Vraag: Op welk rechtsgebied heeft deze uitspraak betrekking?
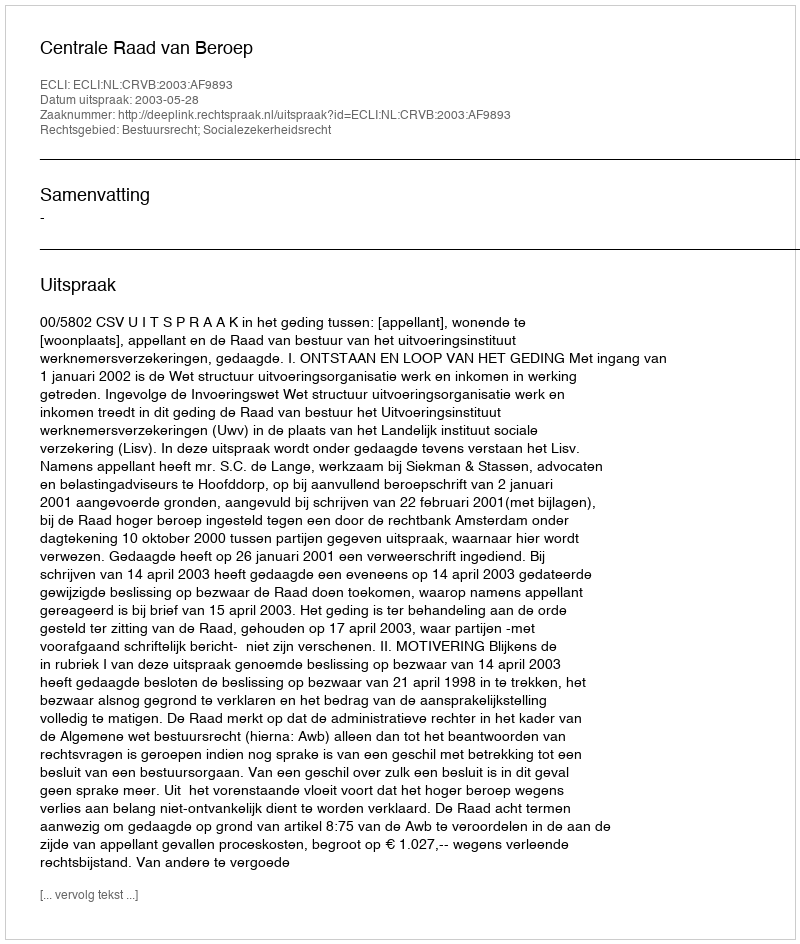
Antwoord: Bestuursrecht; Socialezekerheidsrecht